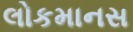
લોકમાનસ